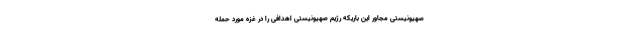
صهیونیستی مجاور این باریکه رژیم صهیونیستی اهدافی را در غزه مورد حمله